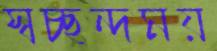
স্বচ্ছন্দময়